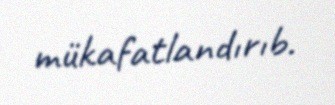
mükafatlandırıb.